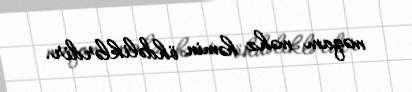
məqam məhz həmin öhdəliklərdir.